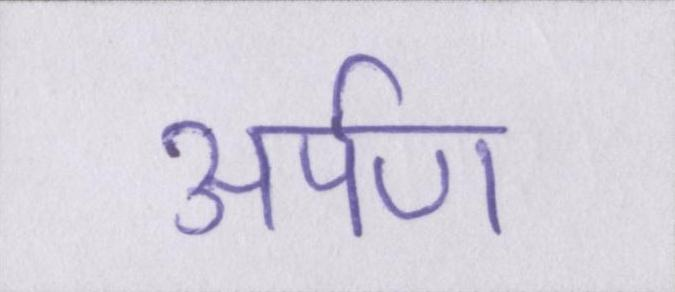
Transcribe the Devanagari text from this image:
अर्पण